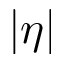
| \eta |